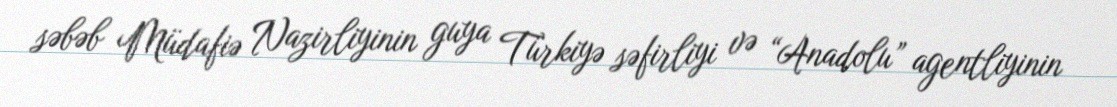
səbəb Müdafiə Nazirliyinin guya Türkiyə səfirliyi və “Anadolu” agentliyinin